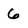
Character: 6